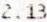
2.13